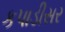
કપાડીસર